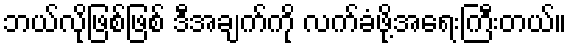
ဘယ်လိုဖြစ်ဖြစ် ဒီအချက်ကို လက်ခံဖို့အရေးကြီးတယ်။